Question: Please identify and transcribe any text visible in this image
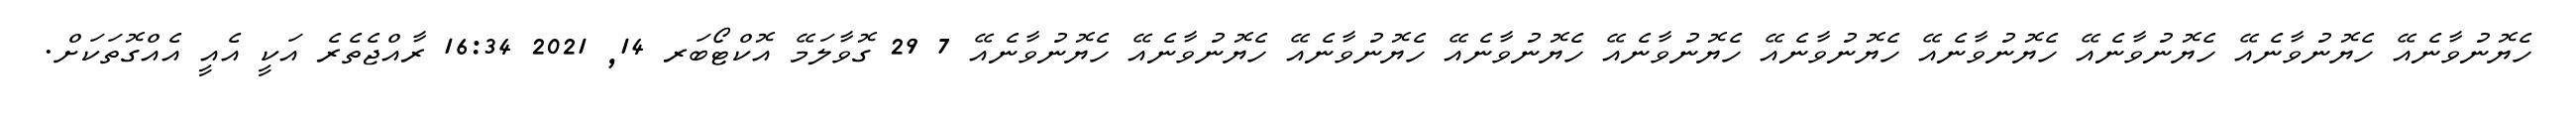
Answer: ހެޔޮނުވާނެއޭ ހެޔޮނުވާނެއޭ ހެޔޮނުވާނެއޭ ހެޔޮނުވާނެއޭ ހެޔޮނުވާނެއޭ ހެޔޮނުވާނެއޭ ހެޔޮނުވާނެއޭ ހެޔޮނުވާނެއޭ ހެޔޮނުވާނެއޭ ހެޔޮނުވާނެއޭ 7 29 ގޮވާލަމޭ އޮކްޓޯބަރ 14, 2021 16:34 ރާއްޖެތެރެ އަކީ އެއީ އެއްގޮތަކަށް.